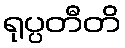
ရုပ္ပတီတိ